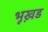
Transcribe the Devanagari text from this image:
भूख़ड